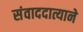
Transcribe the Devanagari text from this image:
संवाददात्याने